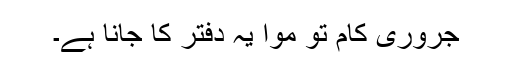
جروری کام تو موا یہ دفتر کا جانا ہے۔